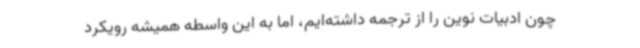
چون ادبیات نوین را از ترجمه داشته‌ایم، اما به این واسطه همیشه رویکرد